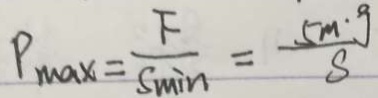
P _ { M a x } = \frac { F } { S _ { \min } } = \frac { 5 m \cdot g } { S }